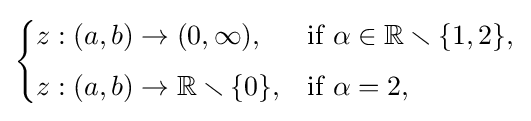
{\begin{cases}z:(a,b)\rightarrow (0,\infty ),&{\text{if }}\alpha \in \mathbb {R} \smallsetminus \{1,2\},\\[4pt]z:(a,b)\rightarrow \mathbb {R} \smallsetminus \{0\},&{\text{if }}\alpha =2,\end{cases}}